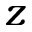
z